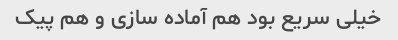
خیلی سریع بود هم آماده سازی و هم پیک